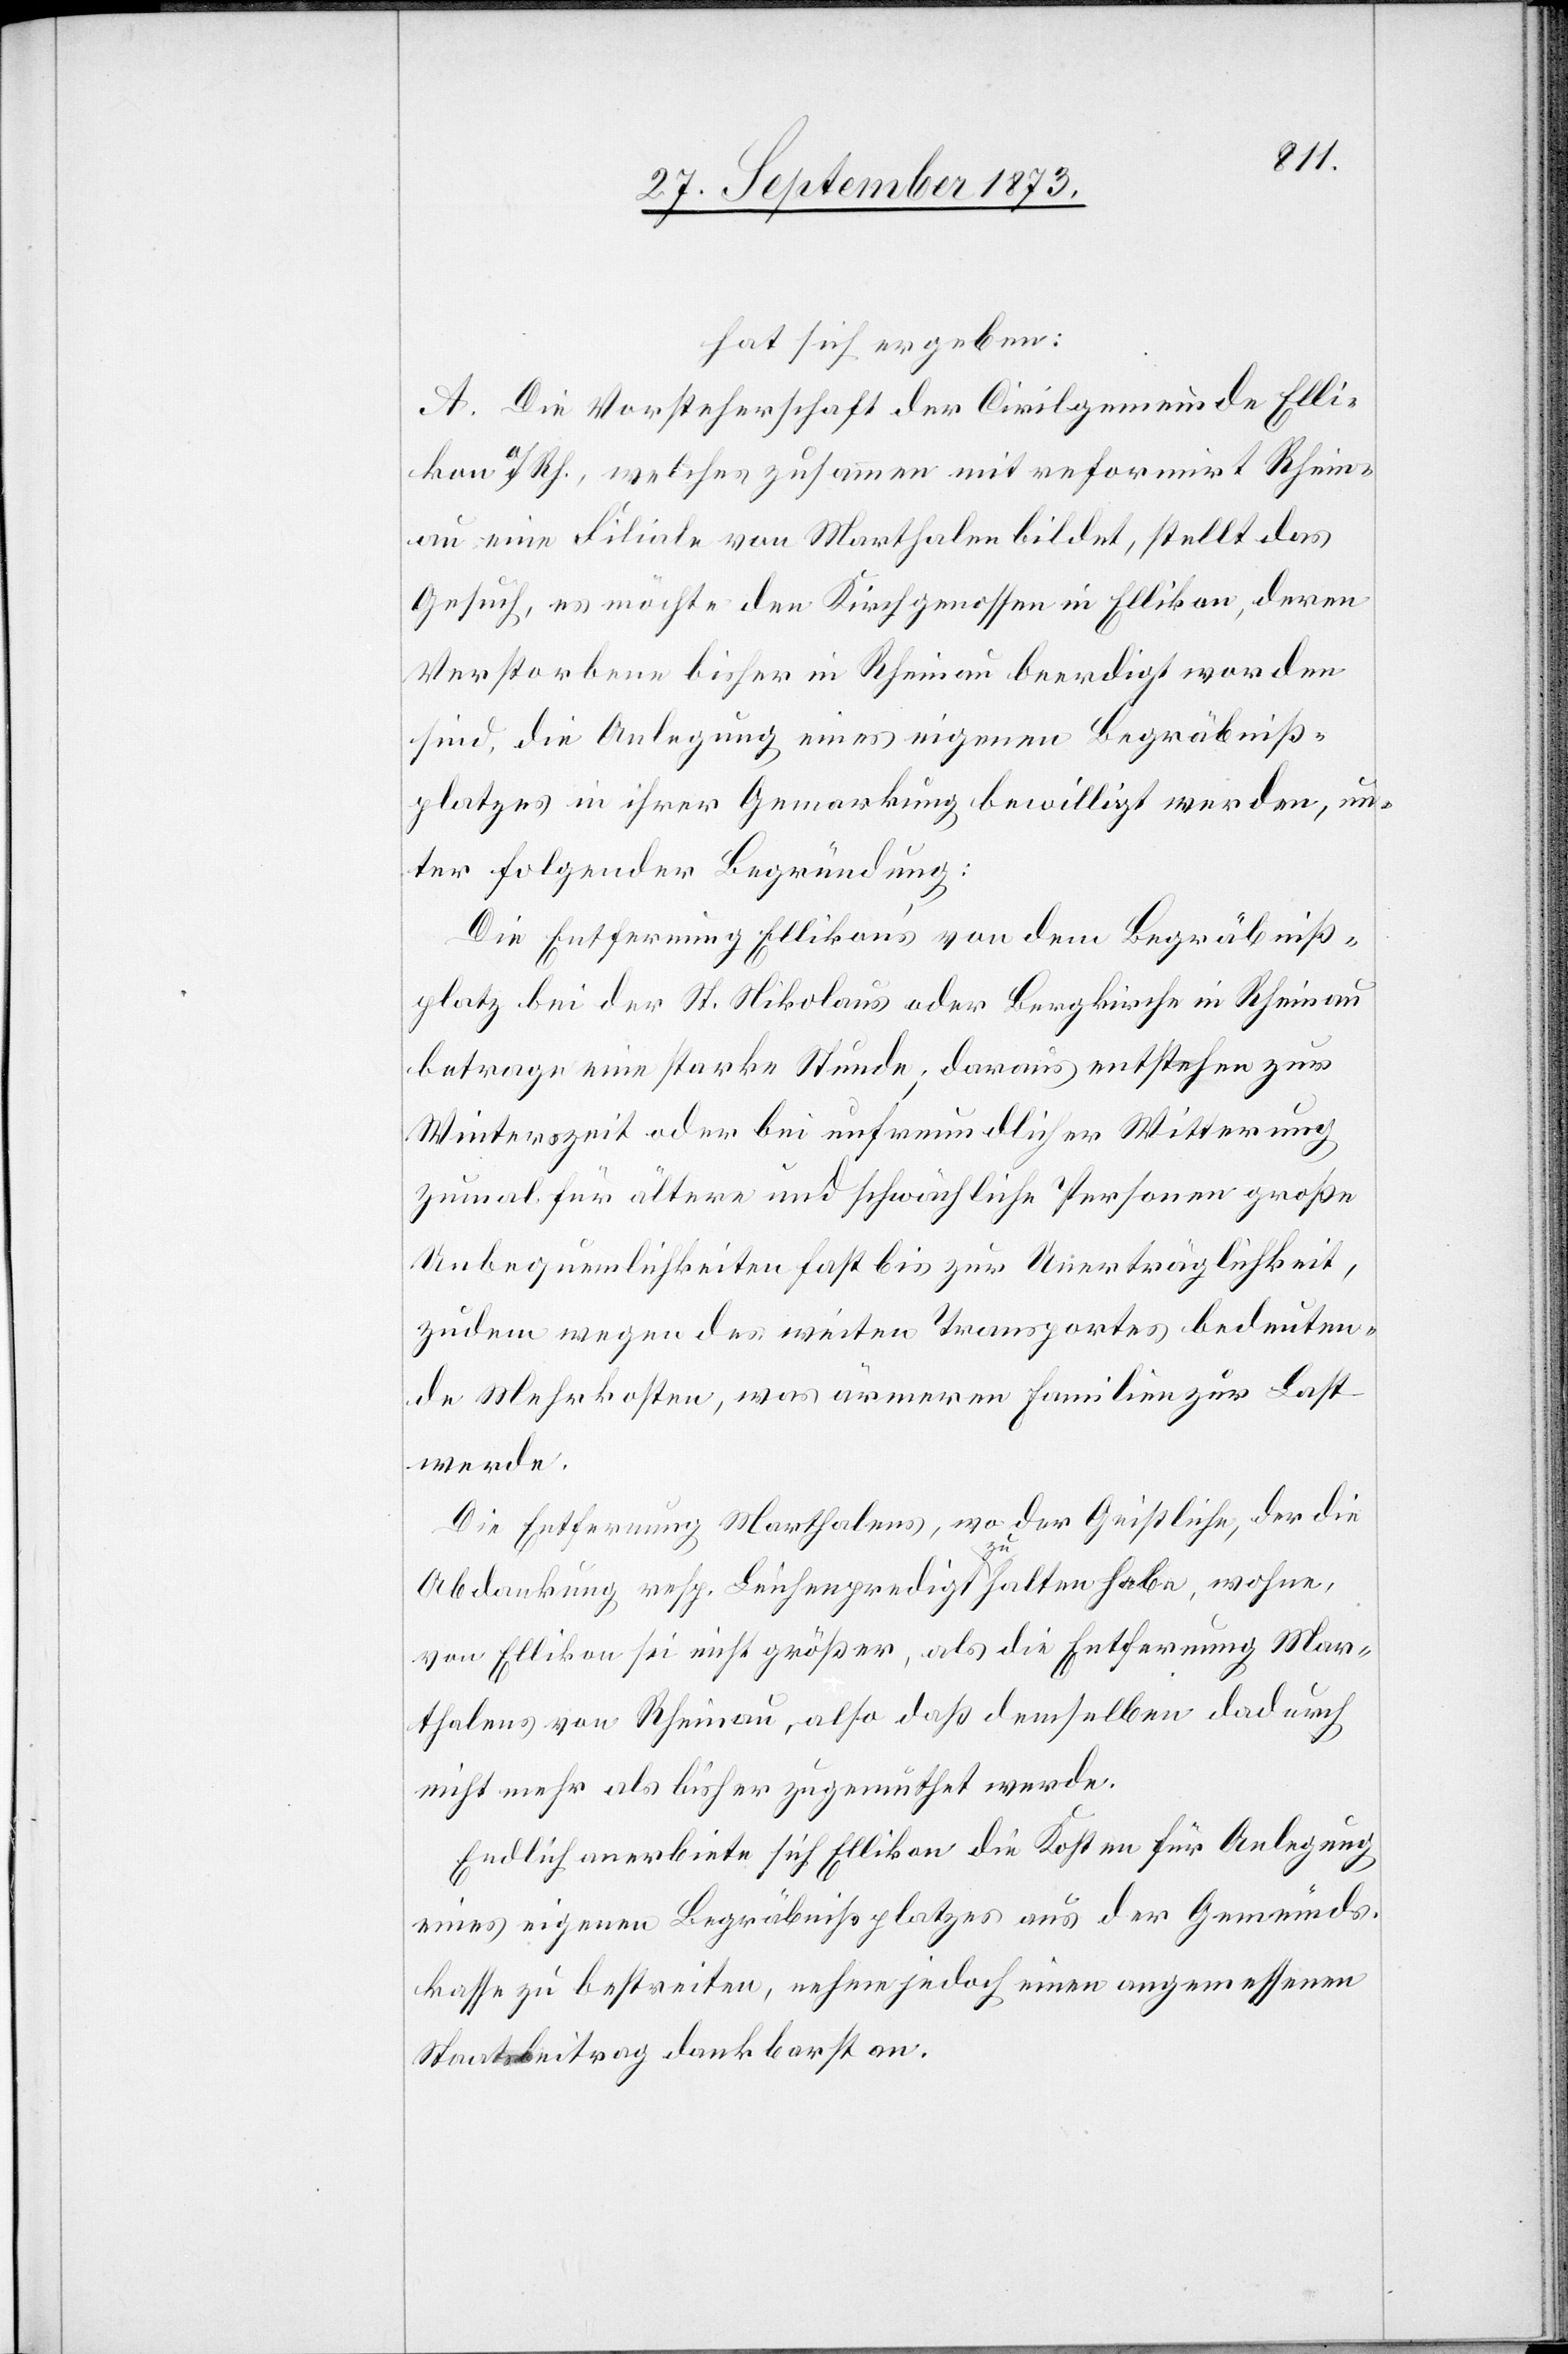
hat sich ergeben:
A. Die Vorsteherschaft der Civilgemeinde Elli¬
kon a/Rh., welches zusammen mit reformirt Rhein¬
au eine Filiale von Marthalen bildet, stellt das
Gesuch, es möchte den Kirchgenossen in Ellikon, deren
Verstorbene bisher in Rheinau beerdigt worden
sind, die Anlegung eines eigenen Begräbniß¬
platzes in ihrer Gemarkung bewilligt werden, un¬
ter folgender Begründung:
Die Entfernung Ellikon’s von dem Begräbniß¬
platz bei der St. Nikolaus oder Bergkirche in Rheinau
betrage eine starke Stunde; daraus entstehen zur
Winterszeit oder bei unfreundlicher Witterung
zumal für ältere und schwächliche Personen große
Unbequemlichkeiten fast bis zur Unerträglichkeit,
zudem wegen des weiten Transportes bedeuten¬
de Mehrkosten, was ärmeren Familien zur Last
werde.
Die Entfernung Marthalens, wo der Geistliche, der die
Abdankung resp. Leichenpredigt zu halten habe, wohne,
von Ellikon sei nicht größer, als die Entfernung Mar¬
thalens von Rheinau, also daß demselben dadurch
nicht mehr als bisher zugemuthet werde.
Endlich anerbiete sich Ellikon die Kosten für Anlegung
eines eigenen Begräbnißplatzes aus der Gemeinds¬
kasse zu bestreiten, nehme jedoch einen angemessenen
Staatsbeitrag dankbarst an.